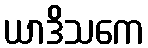
ယာဒိသကေ